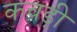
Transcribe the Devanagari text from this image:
कचड़ी